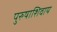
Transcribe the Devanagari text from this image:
पुरुषाशिवाय